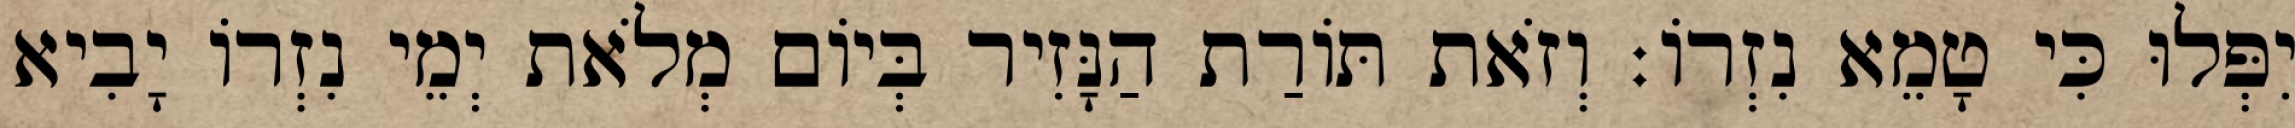
יִפְּלוּ כִּי טָמֵא נִזְרוֹ׃ וְזֹאת תּוֹרַת הַנָּזִיר בְּיוֹם מְלֹאת יְמֵי נִזְרוֹ יָבִיא